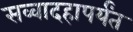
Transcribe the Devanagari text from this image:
सव्वादहापर्यंत